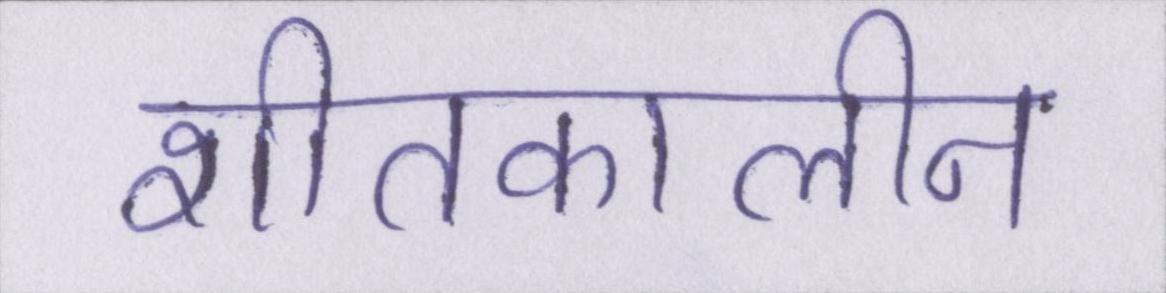
शीतकालीन